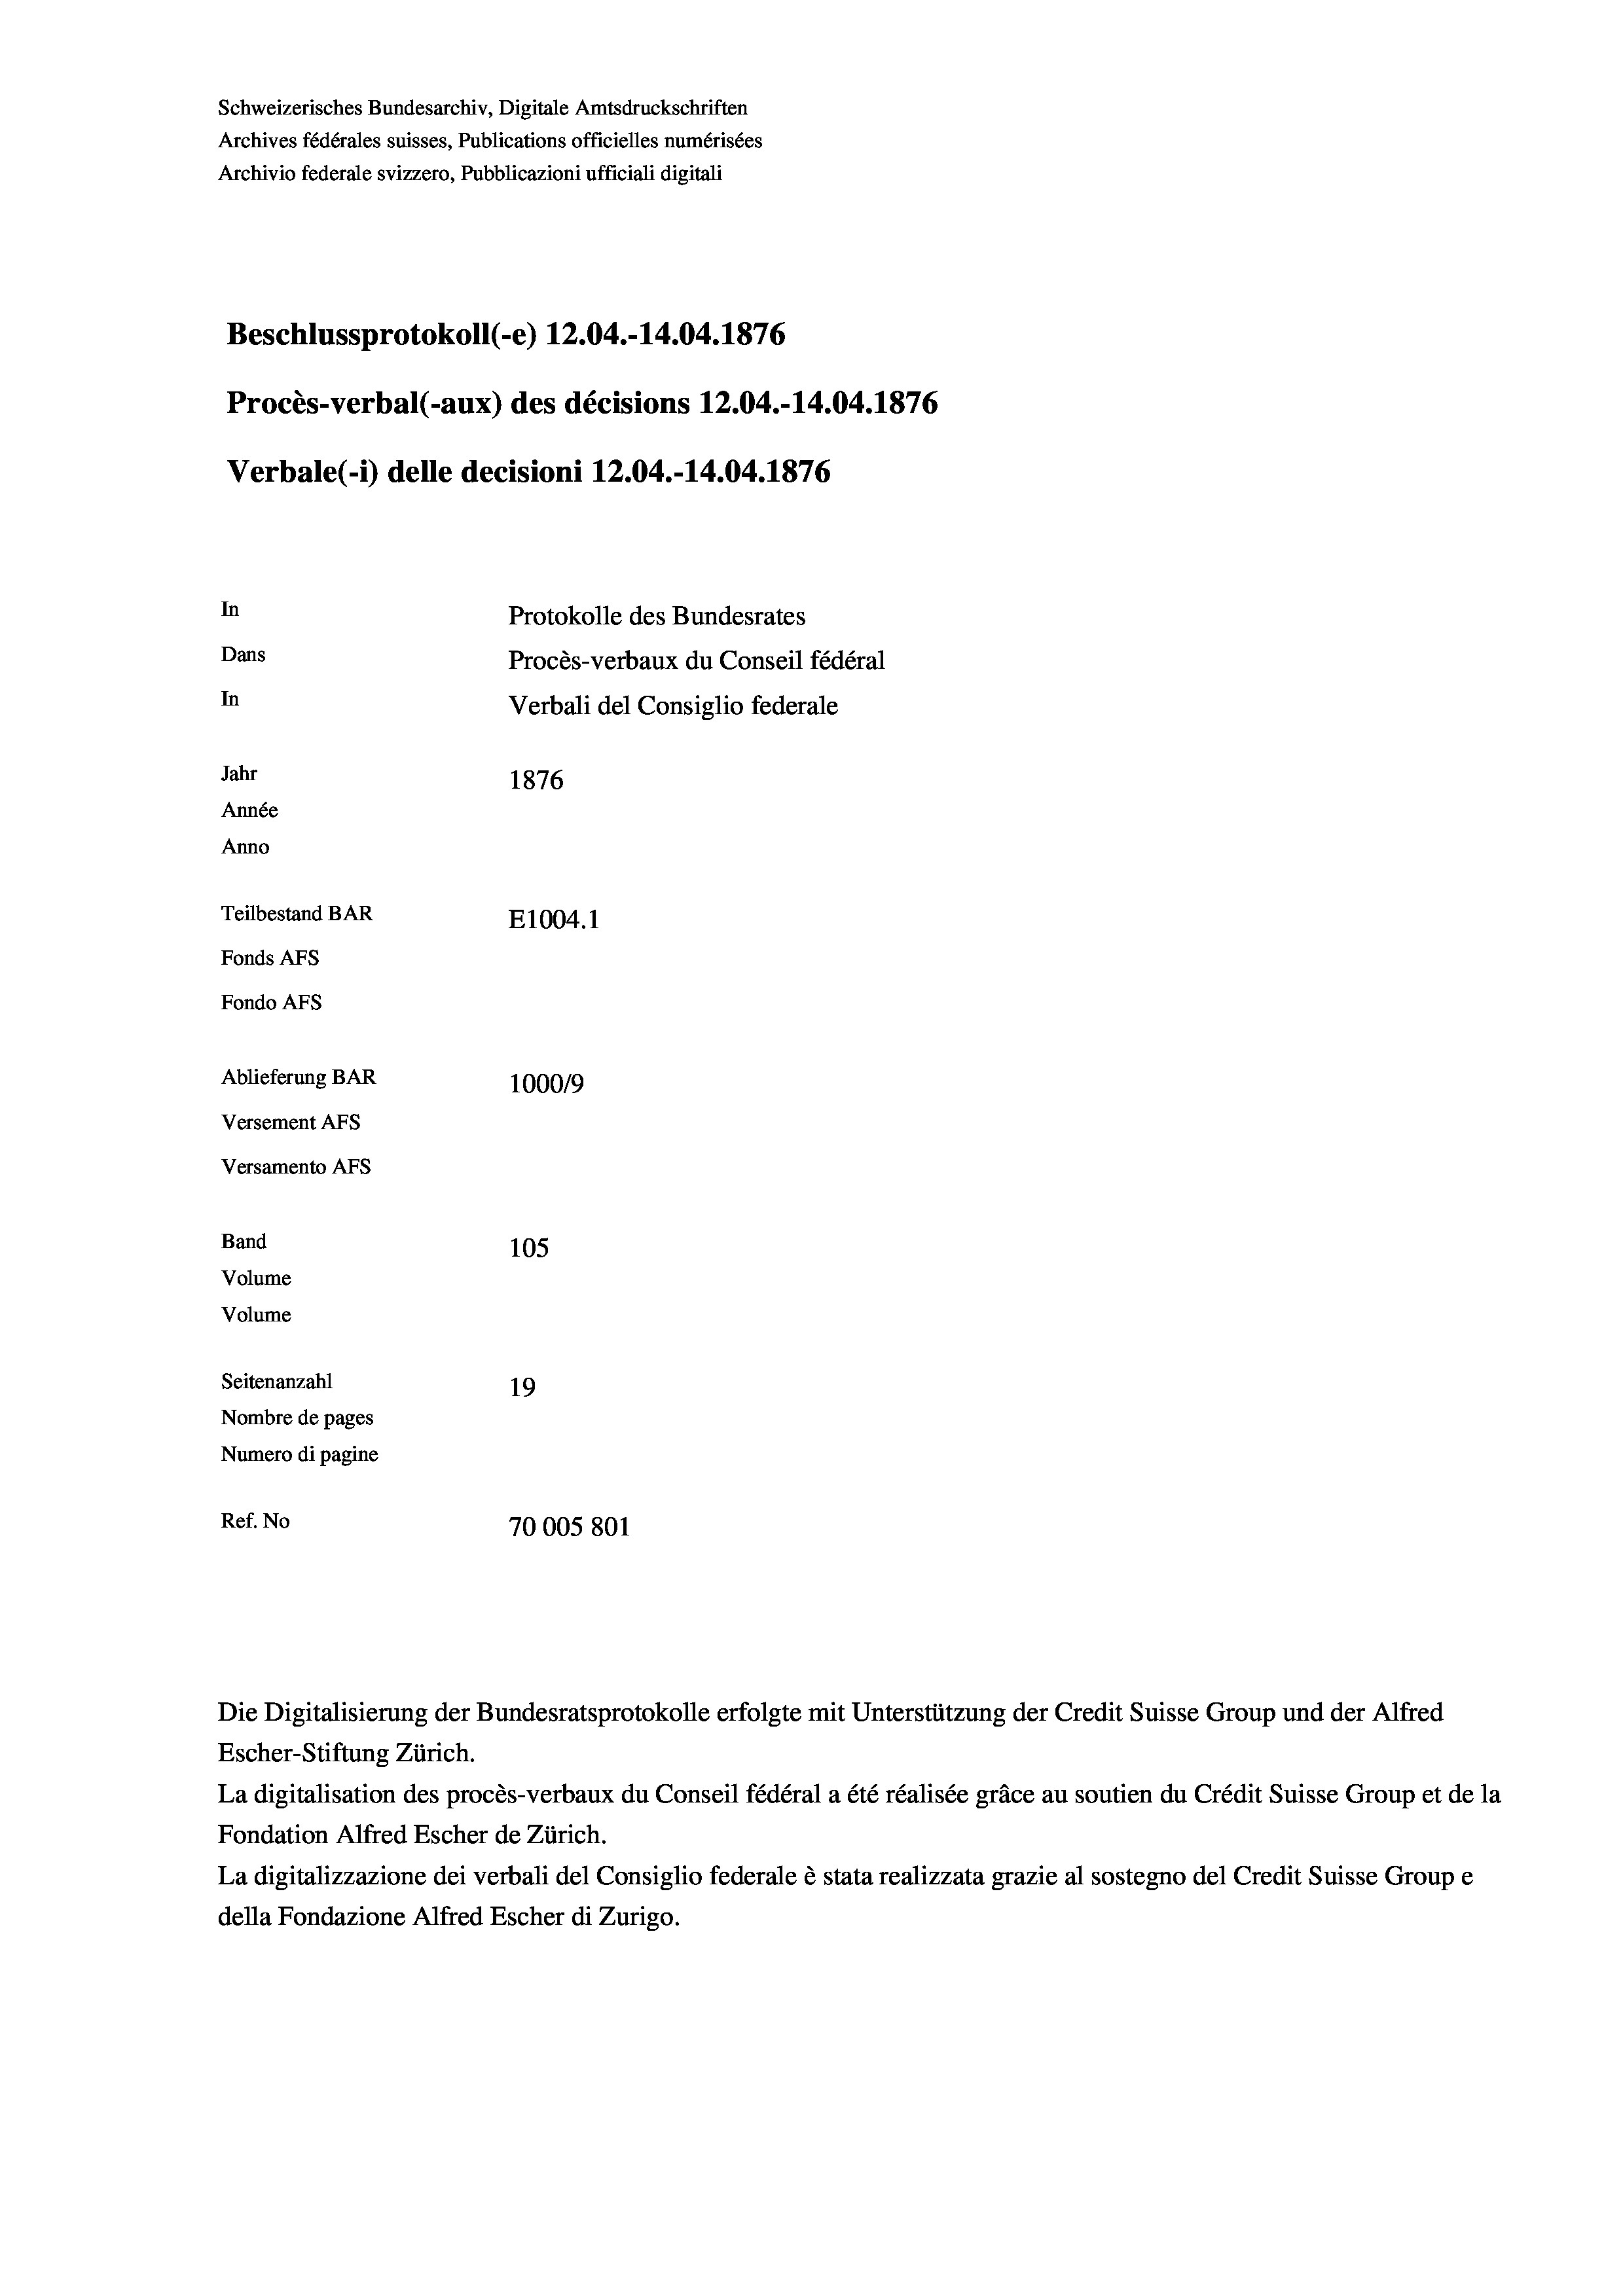
Schweizerisches Bundesarchiv, Digitale Amtsdruckschriften
Archives fédérales suisses, Publications officielles numérisées
Archivio federale svizzero, Pubblicazioni ufficiali digitali
Beschlussprotokoll (-e) 12.04.-14.04. 1876
Procès-verbal (-aux) des décisions 12.04.-14.04. 1876
Verbale (-*) delle decisioni 12.04.-14.04. 1876
In
Protokolle des Bundesrates
Dans
Procès-verbaux du Conseil fédéral
In
Verbali del Consiglio federale
Jahr
1876
Année
Anno
Teilbestand BAR
E1004.1
Fonds AFs
Fondo Afs
Ablieferung BAR
100019
Versement AFs
Versamento Afs
Band
105
Volume
Volume
Seitenanzahl
19
Nombre de pages
Numero di pagine
Ref. No
70005 801

Escher-Stiftung Zürich.
La digitalisation des procès-verbaux du Conseil fédéral a été réalisée gräce au soutien du Crédit Suisse Group et de la
Fondation Alfred Escher de Zürich.
La digitalizzazione dei verbali del Consiglio federale è stata realizzata grazie al sostegno del Credit Suisse Groupe
della Fondazione Alfred Escher di Zurigo.

Die Digitalisierung der Bundesratsprotokolle erfolgte mit Unterstützung der Credit Suisse Group und der Alfred